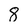
Character: 8